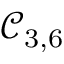
\mathcal { C } _ { 3 , 6 }